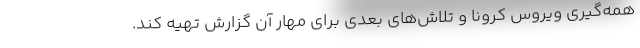
همه‌گیری ویروس کرونا و تلاش‌های بعدی برای مهار آن گزارش تهیه کند.